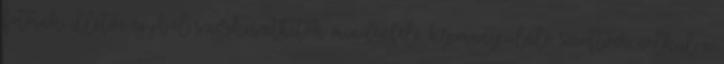
fotóink, illetve egyből szerkeszthetők mindenféle képmanipuláló szoftver nélkül a